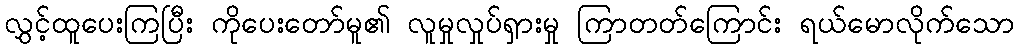
လွှင့်ထူပေးကြပြီး ကိုပေးတော်မူ၏ လူမှုလှုပ်ရှားမှု ကြာတတ်ကြောင်း ရယ်မောလိုက်သော